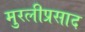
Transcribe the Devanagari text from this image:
मुरलीप्रसाद